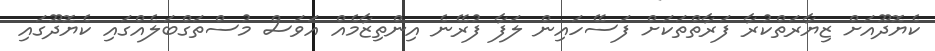
ކެޔޮދޫއަށް ޒިޔާރަތްކުރާ ފަރާތްތަކަށް ފަސޭހައިން ލަފާ ފުރޭނެ އިންތިޒާމެއް އަވަސް މުސްތަގްބަލެއްގައި ކެޔޮދޫގައި